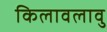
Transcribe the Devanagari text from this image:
किलावलावु